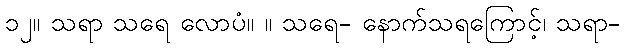
၁၂။ သရာ သရေ လောပံ။ ။ သရေ- နောက်သရကြောင့်၊ သရာ-